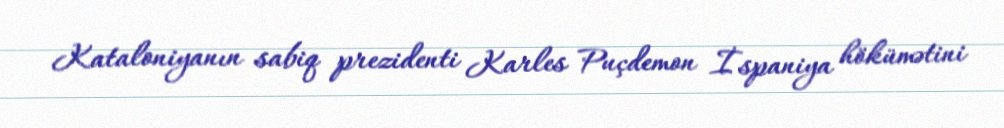
Kataloniyanın sabiq prezidenti Karles Puçdemon İspaniya hökümətini